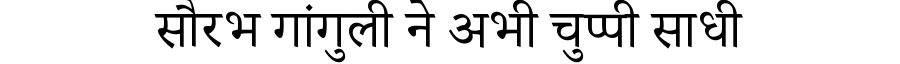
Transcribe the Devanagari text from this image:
सौरभ गांगुली ने अभी चुप्पी साधी